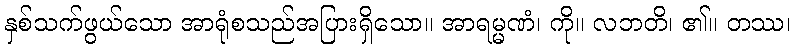
နှစ်သက်ဖွယ်သော အာရုံစသည်အပြားရှိသော။ အာရမ္မဏံ၊ ကို။ လဘတိ၊ ၏။ တဿ၊